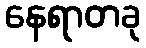
နေရာတခု